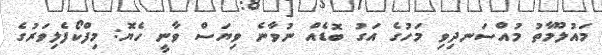
މައުލޫމާތު މުއްސަނދިވި މަހުގެ އަގު ބޮޑެއް ނުވާނެ ވިޔަސް ވާނީ ހެޔޮ: މިފްކޯފެލިވަރުގެ